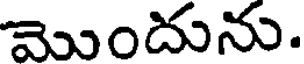
మొందును.